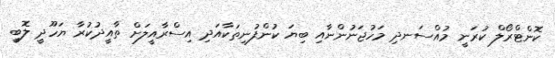
ކޮންޓްރޯލް ކުރަނީ މުއްސަނދި މަހުޖަނުންނާއި ބިޔަ ކުންފުނިތަކާއަދި އިސްރާއީލަށް ތާއީދުކުރާ ޔަހޫދީ ލޮބީ